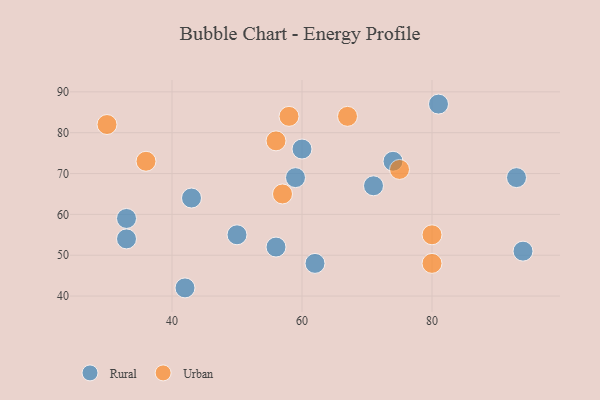
{"axis": {"x": "GDP", "y": "Life Expectancy"}, "legend": ["Rural", "Urban"], "data": [{"x": "43", "y": 64, "type": "Rural"}, {"x": "56", "y": 52, "type": "Rural"}, {"x": "74", "y": 73, "type": "Rural"}, {"x": "42", "y": 42, "type": "Rural"}, {"x": "93", "y": 69, "type": "Rural"}, {"x": "60", "y": 76, "type": "Rural"}, {"x": "33", "y": 54, "type": "Rural"}, {"x": "71", "y": 67, "type": "Rural"}, {"x": "81", "y": 87, "type": "Rural"}, {"x": "62", "y": 48, "type": "Rural"}, {"x": "33", "y": 59, "type": "Rural"}, {"x": "50", "y": 55, "type": "Rural"}, {"x": "94", "y": 51, "type": "Rural"}, {"x": "59", "y": 69, "type": "Rural"}, {"x": "75", "y": 71, "type": "Urban"}, {"x": "80", "y": 48, "type": "Urban"}, {"x": "57", "y": 65, "type": "Urban"}, {"x": "67", "y": 84, "type": "Urban"}, {"x": "30", "y": 82, "type": "Urban"}, {"x": "56", "y": 78, "type": "Urban"}, {"x": "80", "y": 55, "type": "Urban"}, {"x": "58", "y": 84, "type": "Urban"}, {"x": "36", "y": 73, "type": "Urban"}]}